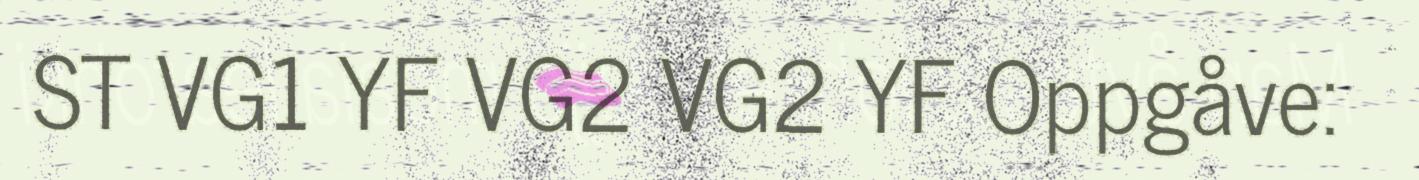
ST VG1 YF VG2 VG2 YF Oppgåve: